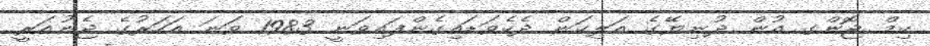
ކިމް ޖޮންގ އުން ދުނިޔޭގެ އަލިކަން ދެކެވަޑައިގެންފައިވަނީ 1983 ވަނަ އަހަރުގެ ޖެނުއަރީ